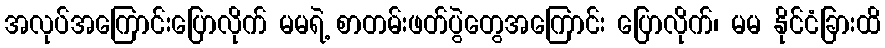
အလုပ်အကြောင်းပြောလိုက် မမရဲ့ စာတမ်းဖတ်ပွဲတွေအကြောင်း ပြောလိုက်၊ မမ နိုင်ငံခြားထိ